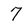
Character: 7